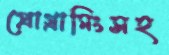
প্রোগ্রামিংসহ